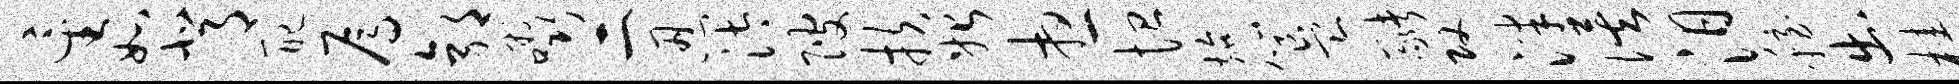
星如背配焉郭啜二忍汰陂扶始想恤施簋猪攻泮俟汨稳出桂